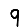
Digit: 9